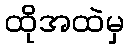
ထိုအထဲမှ